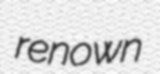
renown